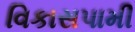
વિકાસપામી